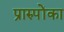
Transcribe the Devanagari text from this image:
प्रारुपोंका